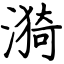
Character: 漪